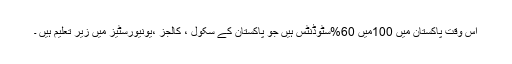
اس وقت پاکستان میں 100میں 60%سٹوڈنٹس ہیں جو پاکستان کے سکول ، کالجز ،یونیورسٹیز میں زیر تعلیم ہیں ۔